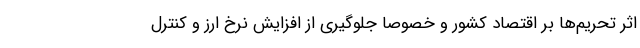
اثر تحریم‌ها بر اقتصاد کشور و خصوصا جلوگیری از افزایش نرخ ارز و کنترل